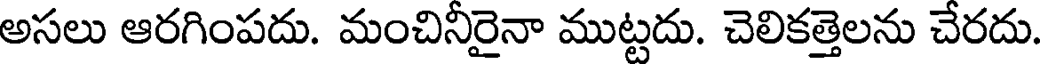
అసలు ఆరగింపదు. మంచినీరైనా ముట్టదు. చెలికత్తెలను చేరదు